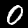
Digit: 0